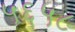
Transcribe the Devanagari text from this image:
५६५८